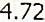
4.72